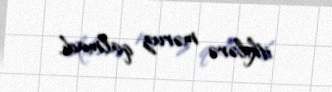
itkilərə məruz qalmadı.